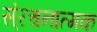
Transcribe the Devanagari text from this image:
स्ंरचनात्मक